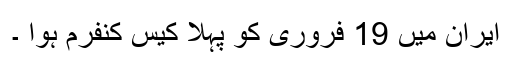
ایران میں 19 فروری کو پہلا کیس کنفرم ہوا ۔